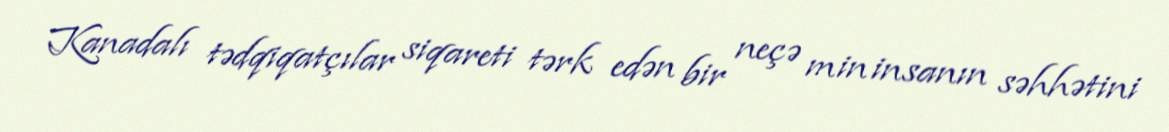
Kanadalı tədqiqatçılar siqareti tərk edən bir neçə min insanın səhhətini